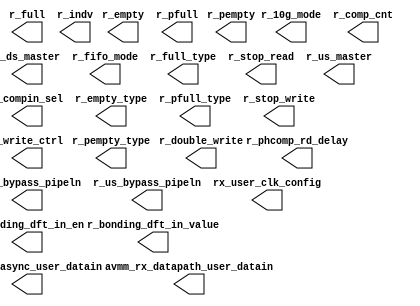
// SPDX-License-Identifier: Apache-2.0
// Copyright (C) 2019 Intel Corporation. 
module c3aibadapt_rx_dprio(
// rx_datapath
        output   wire    [15:0]  avmm_rx_datapath_user_datain,
        output   wire            r_10g_mode    ,
        output   wire            r_bonding_dft_in_en,
        output   wire            r_bonding_dft_in_value,
        output   wire    [7:0]   r_comp_cnt,
        output   wire    [1:0]   r_compin_sel,
        output   wire            r_double_write,
        output   wire            r_ds_bypass_pipeln,
        output   wire            r_ds_master,
        output   wire    [3:0]   r_empty,
        output   wire            r_empty_type  ,
        output   wire    [2:0]   r_fifo_mode,
        output   wire    [3:0]   r_full,
        output   wire            r_full_type   ,
        output   wire            r_indv,
        output   wire    [3:0]   r_pempty,
        output   wire            r_pempty_type ,
        output   wire    [3:0]   r_pfull,
        output   wire            r_pfull_type  ,
        output   wire    [2:0]   r_phcomp_rd_delay,
        output   wire            r_stop_read   ,
        output   wire            r_stop_write  ,
        output   wire            r_us_bypass_pipeln,
        output   wire            r_us_master,
        output   wire            r_write_ctrl,
// rx_async
        output   wire    [23:0]  avmm_rx_async_user_datain,
// rxclk_ctrl
        output   wire    [15:0]  rx_user_clk_config
// rxrst_ctrl
);




endmodule